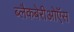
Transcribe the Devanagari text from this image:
ब्लैकबेरीओऍस